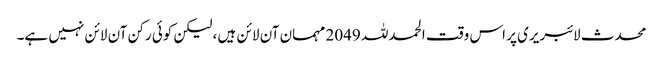
محدث لائبریری پر اس وقت الحمدللہ 2049 مہمان آن لائن ہیں ، لیکن کوئی رکن آن لائن نہیں ہے۔